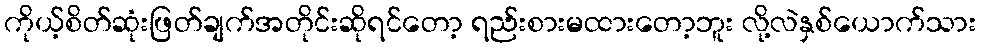
ကိုယ့်စိတ်ဆုံးဖြတ်ချက်အတိုင်းဆိုရင်တော့ ရည်းစားမထားတော့ဘူး လို့လဲနှစ်ယောက်သား